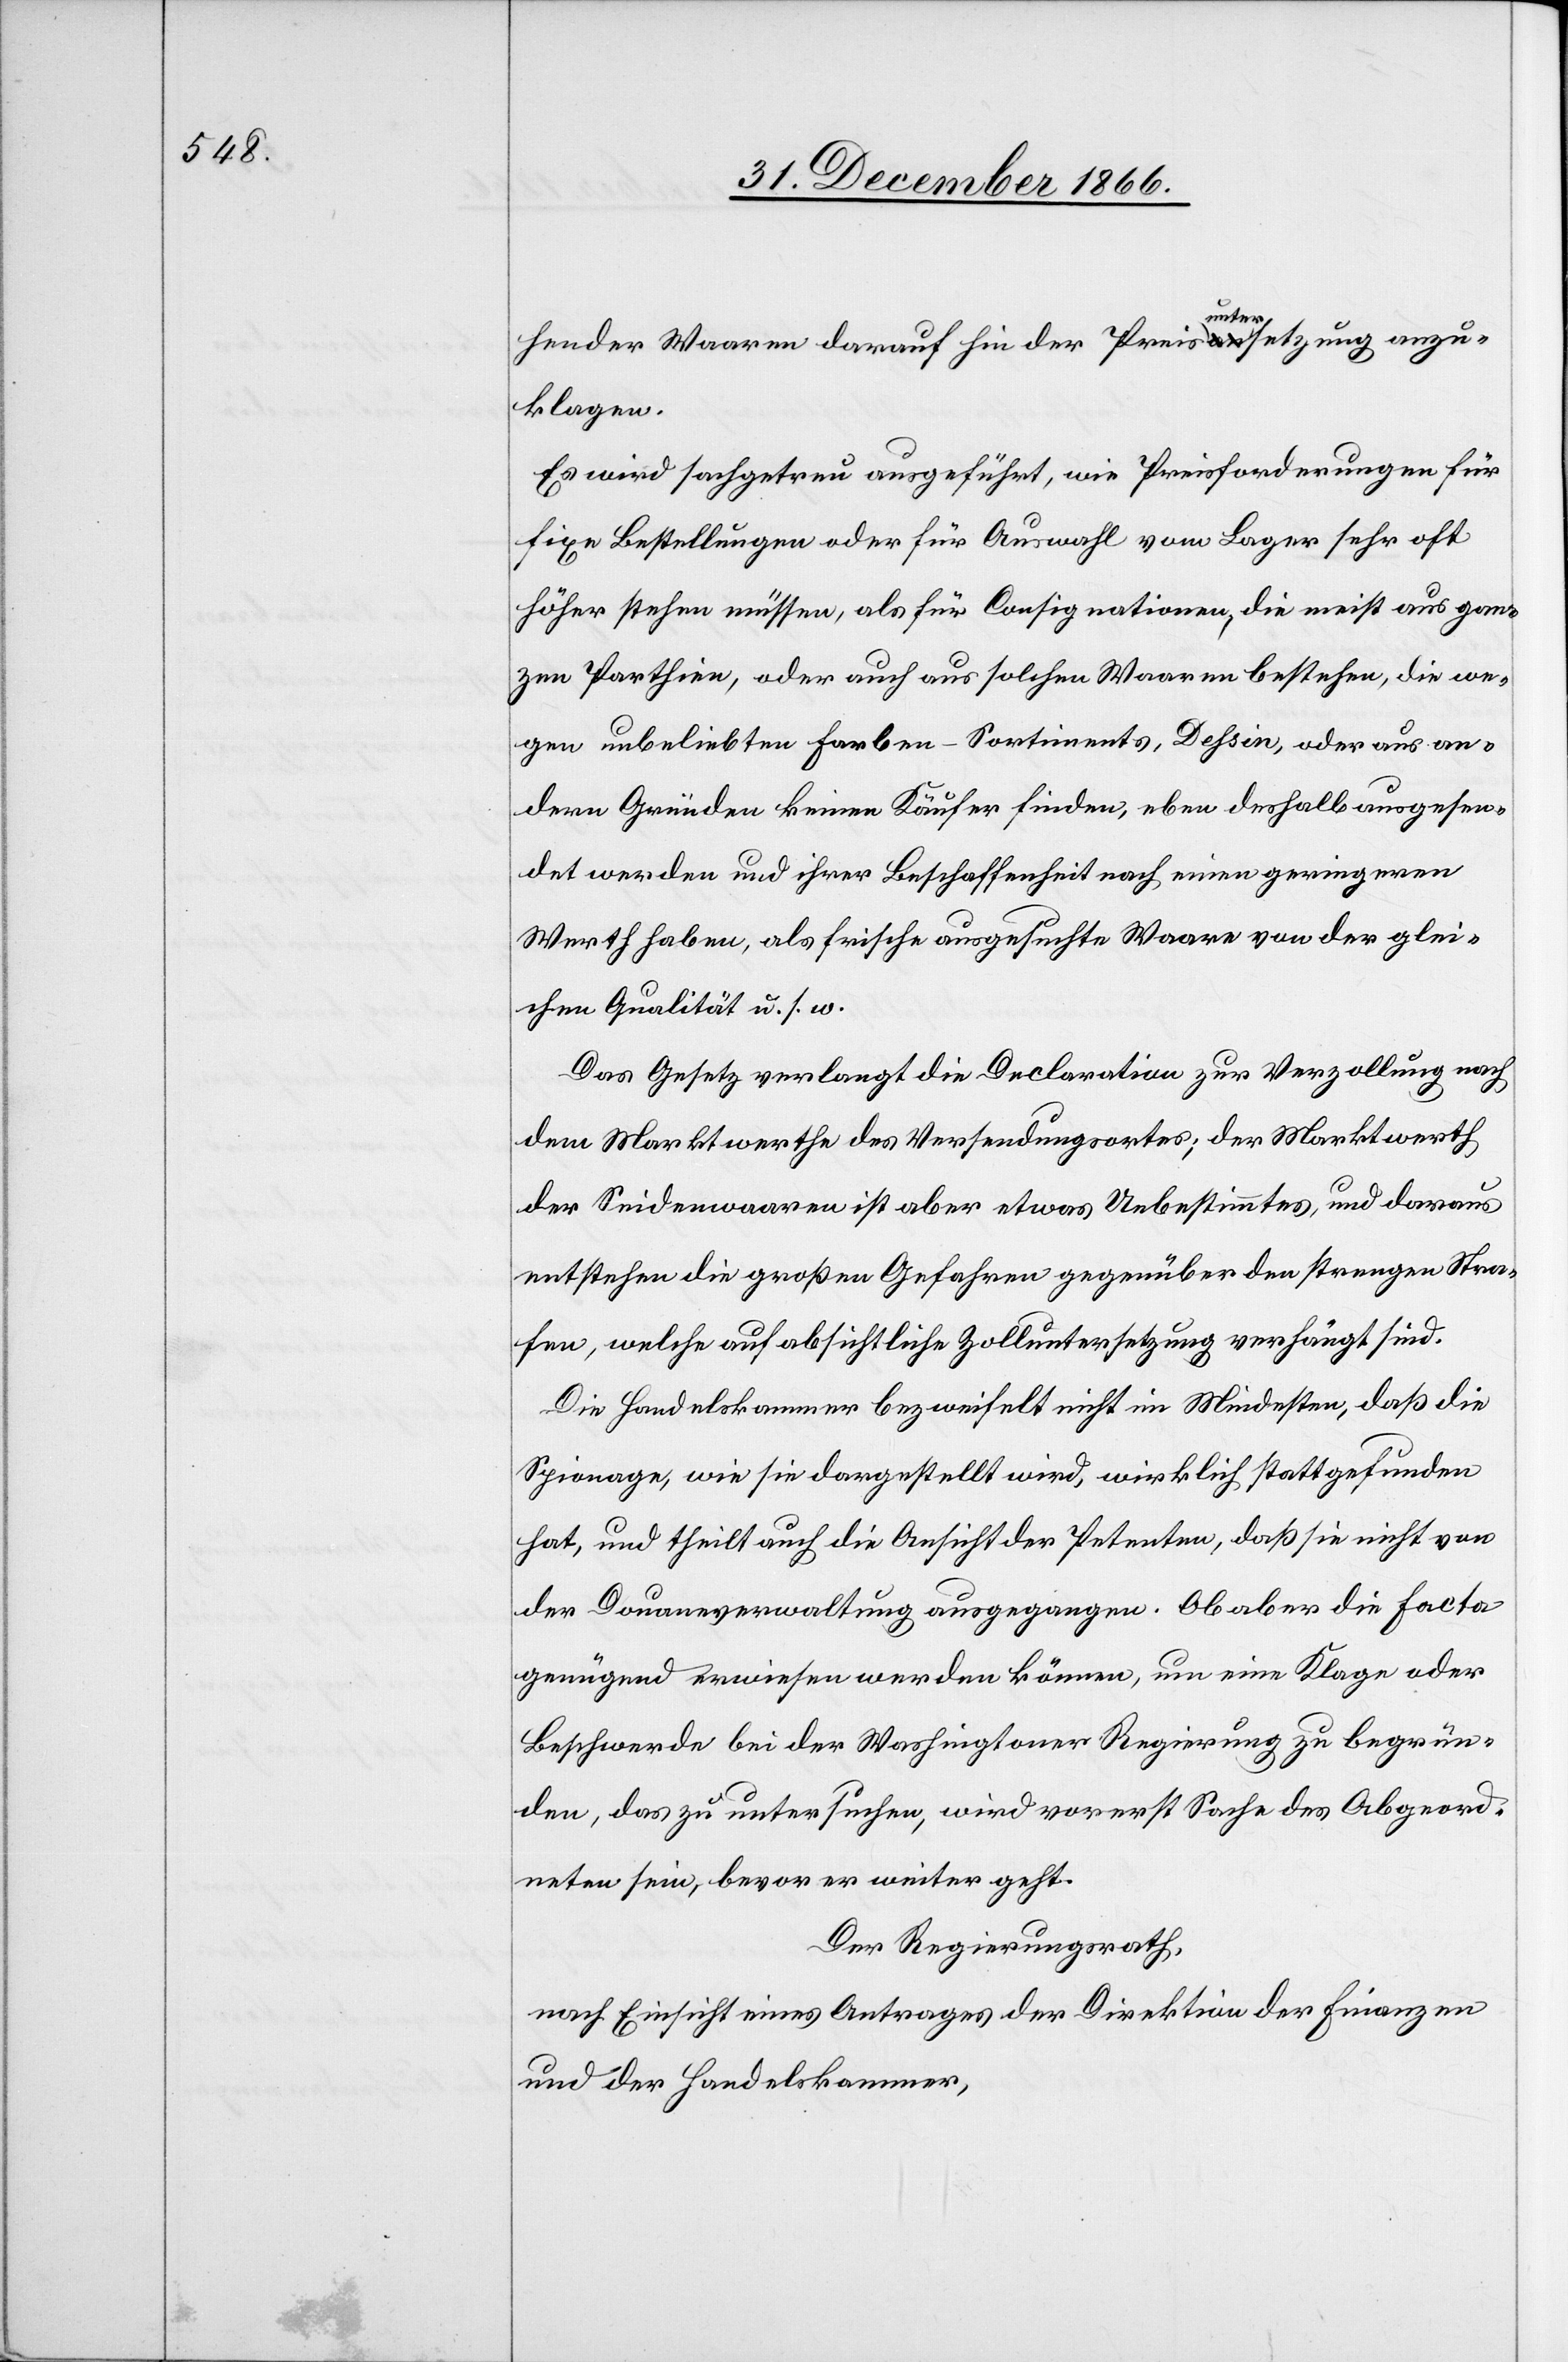
hender Waaren darauf hin der Preisa-unter-asetzung anzu¬
klagen.
Es wird sachgetreu ausgeführt, wie Preisforderungen für
fixe Bestellungen oder für Auswahl vom Lager sehr oft
höher stehen müssen, als für Consignationen, die meist aus gan¬
zen Parthien, oder auch aus solchen Waaren bestehen, die we¬
gen unbeliebten Farben-Sortiments, Dehsin, oder aus an¬
dern Gründen keinen Käufer finden, eben deshalb ausgesen¬
det werden und ihrer Beschaffenheit nach einen geringeren
Werth haben, als frische ausgesuchte Waare von der glei¬
chen Qualität u. s. w.
Das Gesetz verlangt die Declaration zur Verzollung nach
dem Marktwerthe des Versendungsortes; der Marktwerth
der Seidenwaaren ist aber etwas Unbestimmtes, und daraus
entstehen die großen Gefahren gegenüber den strengen Stra¬
fen, welche auf absichtliche Zolluntersetzung verhängt sind.
Die Handelskammer bezweifelt nicht im Mindesten, daß die
Spionage, wie sie dargestellt wird, wirklich stattgefunden
hat, und theilt auch die Ansicht der Petenten, daß sie nicht von
der Douaneverwaltung ausgegangen. Ob aber die Facta
genügend erwiesen werden können, um eine Klage oder
Beschwerde bei der Washingtoner Regierung zu begrün¬
den, das zu untersuchen, wird vorerst Sache des Abgeord¬
neten sein, bevor er weiter geht.
Der Regierungsrath,
nach Einsicht eines Antrages der Direktion der Finanzen
und der Handelskammer,